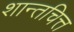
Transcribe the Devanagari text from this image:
शान्तचित्त